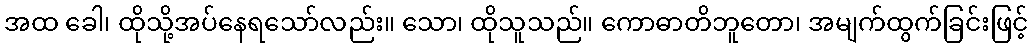
အထ ခေါ၊ ထိုသို့အပ်နေရသော်လည်း။ သော၊ ထိုသူသည်။ ကောဓာတိဘူတော၊ အမျက်ထွက်ခြင်းဖြင့်